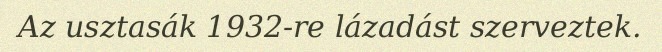
Az usztasák 1932-re lázadást szerveztek.